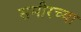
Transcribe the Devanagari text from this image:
समीरच्या